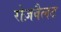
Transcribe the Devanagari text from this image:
रोज़वैलट